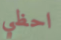
احظي